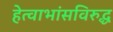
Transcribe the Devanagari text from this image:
हेत्वाभांसविरुद्ध